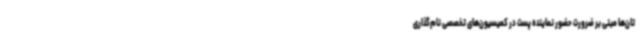
تان‌ها مبنی‌ بر ضرورت حضور نماینده پست در کمیسیون‌های تخصصی نام‌گذاری